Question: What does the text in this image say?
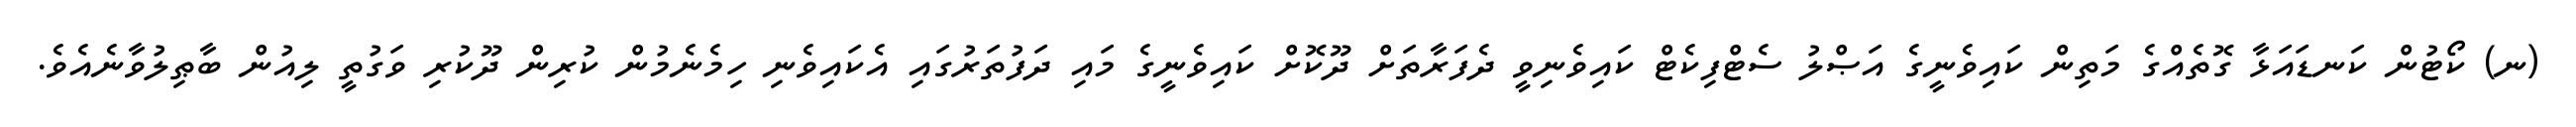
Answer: (ނ) ކޯޓުން ކަނޑައަޅާ ގޮތެއްގެ މަތިން ކައިވެނީގެ އަޞްލު ސެޓްފިކެޓް ކައިވެނިވީ ދެފަރާތަށް ދޫކޮށް ކައިވެނީގެ މައި ދަފުތަރުގައި އެކައިވެނި ހިމެނެމުން ކުރިން ދޫކުރި ވަގުތީ ލިއުން ބާޠިލުވާނެއެވެ.